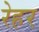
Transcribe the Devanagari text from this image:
रेहर